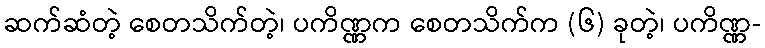
ဆက်ဆံတဲ့ စေတသိက်တဲ့၊ ပကိဏ္ဏက စေတသိက်က (၆) ခုတဲ့၊ ပကိဏ္ဏ-